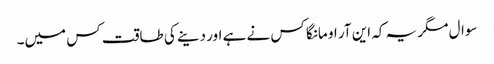
سوال مگر یہ کہ این آر او مانگا کس نے ہے اور دینے کی طاقت کس میں۔